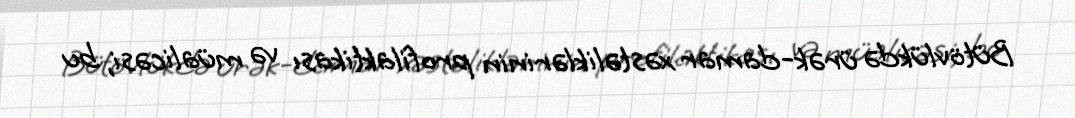
Bütövlükdə ürək-damar xəstəliklərinin profilaktikası və müalicəsi, bu